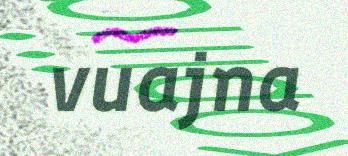
vuajna